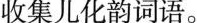
收集儿化韵词语。